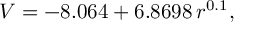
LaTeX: V = - 8 . 0 6 4 + 6 . 8 6 9 8 \, r ^ { 0 . 1 } ,